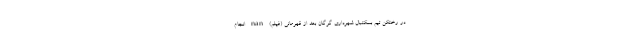
در رختکن تیم بسکتبال شهرداری گرگان بعد از قهرمانی (فیلم) nan انجام